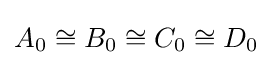
A_{0}\cong B_{0}\cong C_{0}\cong D_{0}